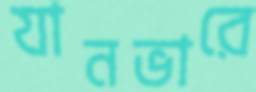
যানভারে